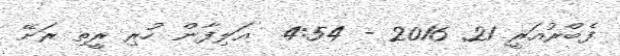
ފެބްރުއަރީ 21